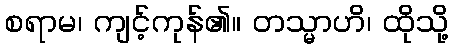
စရာမ၊ ကျင့်ကုန်၏။ တသ္မာဟိ၊ ထိုသို့